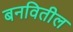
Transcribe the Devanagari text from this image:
बनवितील